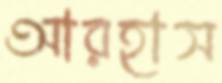
আরহাস